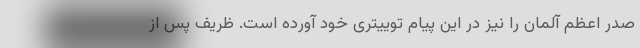
صدر اعظم آلمان را نیز در این پیام توییتری خود آورده است. ظریف پس از